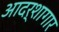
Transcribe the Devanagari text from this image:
आदर्शागार